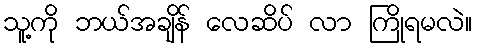
သူ့ကို ဘယ်အချိန် လေဆိပ် လာ ကြိုရမလဲ။